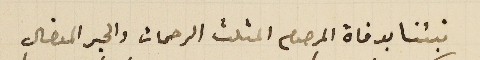
نبئنا بوفاة المرحوم المثلث الرحمات والحبر المفضال